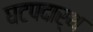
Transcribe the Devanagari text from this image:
घटपदार्थ